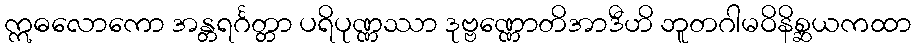
ဣဓလောကော အန္တရင်္ဂတ္တာ ပရိပုဏ္ဏဿာ ဒုဗ္ဗဏ္ဏောတိအာဒီဟိ ဘူတဂါမဝိနိစ္ဆယကထာ